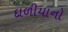
દાળીયાનો